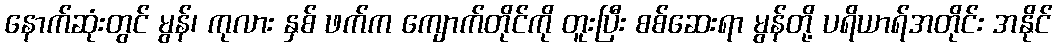
နောက်ဆုံးတွင် မွန်၊ ကုလား နှစ် ဖက်က ကျောက်တိုင်ကို တူးပြီး စစ်ဆေးရာ မွန်တို့ ပရိယာရ်အတိုင်း အနိုင်